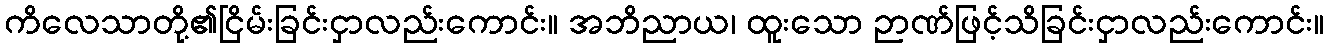
ကိလေသာတို့၏ငြိမ်းခြင်းငှာလည်းကောင်း။ အဘိညာယ၊ ထူးသော ဉာဏ်ဖြင့်သိခြင်းငှာလည်းကောင်း။